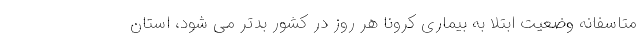
متاسفانه وضعیت ابتلا به بیماری کرونا هر روز در کشور بدتر می شود، استان